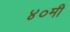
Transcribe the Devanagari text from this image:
४०मी